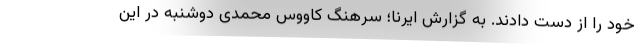
خود را از دست دادند. به گزارش ایرنا؛ سرهنگ کاووس محمدی دوشنبه در این